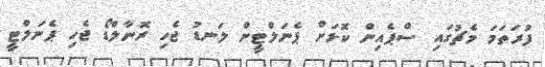
ފުރަތަމަ މެޗުގައި ސްޕެއިން ކޮޅަށް ޕެނަލްޓީން ލަނޑު ޖެހި ރޮނާލްޑޯ ޖެހި ޕެނަލްޓީ